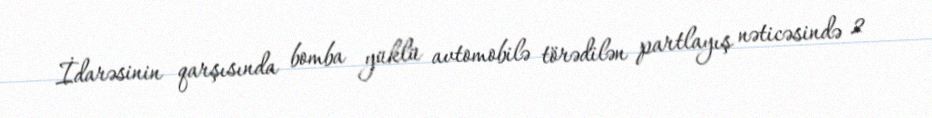
İdarəsinin qarşısında bomba yüklü avtomobilə törədilən partlayış nəticəsində 2